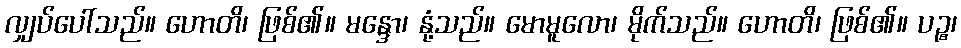
လျှပ်ပေါ်သည်။ ဟောတိ၊ ဖြစ်၏။ မန္ဒော၊ နုံ့သည်။ မောမူလော၊ မိုက်သည်။ ဟောတိ၊ ဖြစ်၏။ ပဉ္စ၊